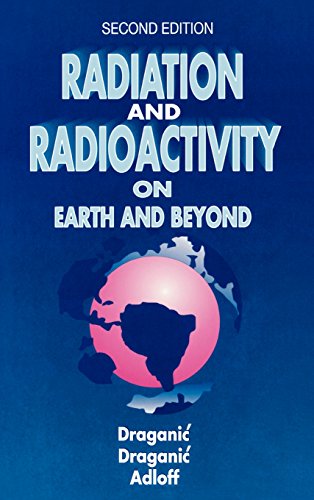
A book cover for Radiation and Radioactivity on Earth and Beyond; Ivan G. Draganic; Science & Math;